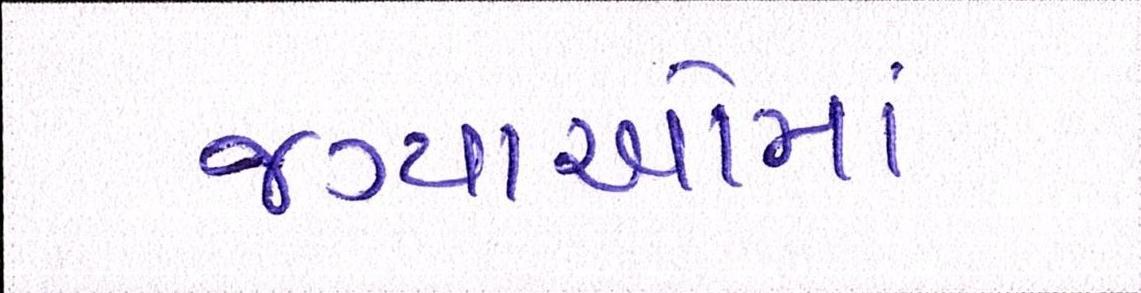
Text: જગ્યાઓમાં